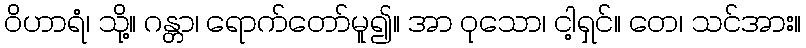
ဝိဟာရံ၊ သို့။ ဂန္တာ၊ ရောက်တော်မူ၍။ အာ ဝုသော၊ ငါ့ရှင်။ တေ၊ သင်အား။